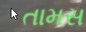
તામસ